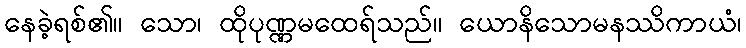
နေခဲ့ရစ်၏။ သော၊ ထိုပုဏ္ဏမထေရ်သည်။ ယောနိသောမနဿိကာယံ၊